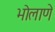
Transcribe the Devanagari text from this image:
भोलाणे